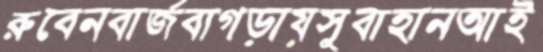
রুবেনবার্জবাগড়ায়সুবাহানআই